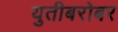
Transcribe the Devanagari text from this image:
युतीबरोबर